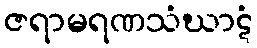
ဇရာမရဏသံဃာဋံ